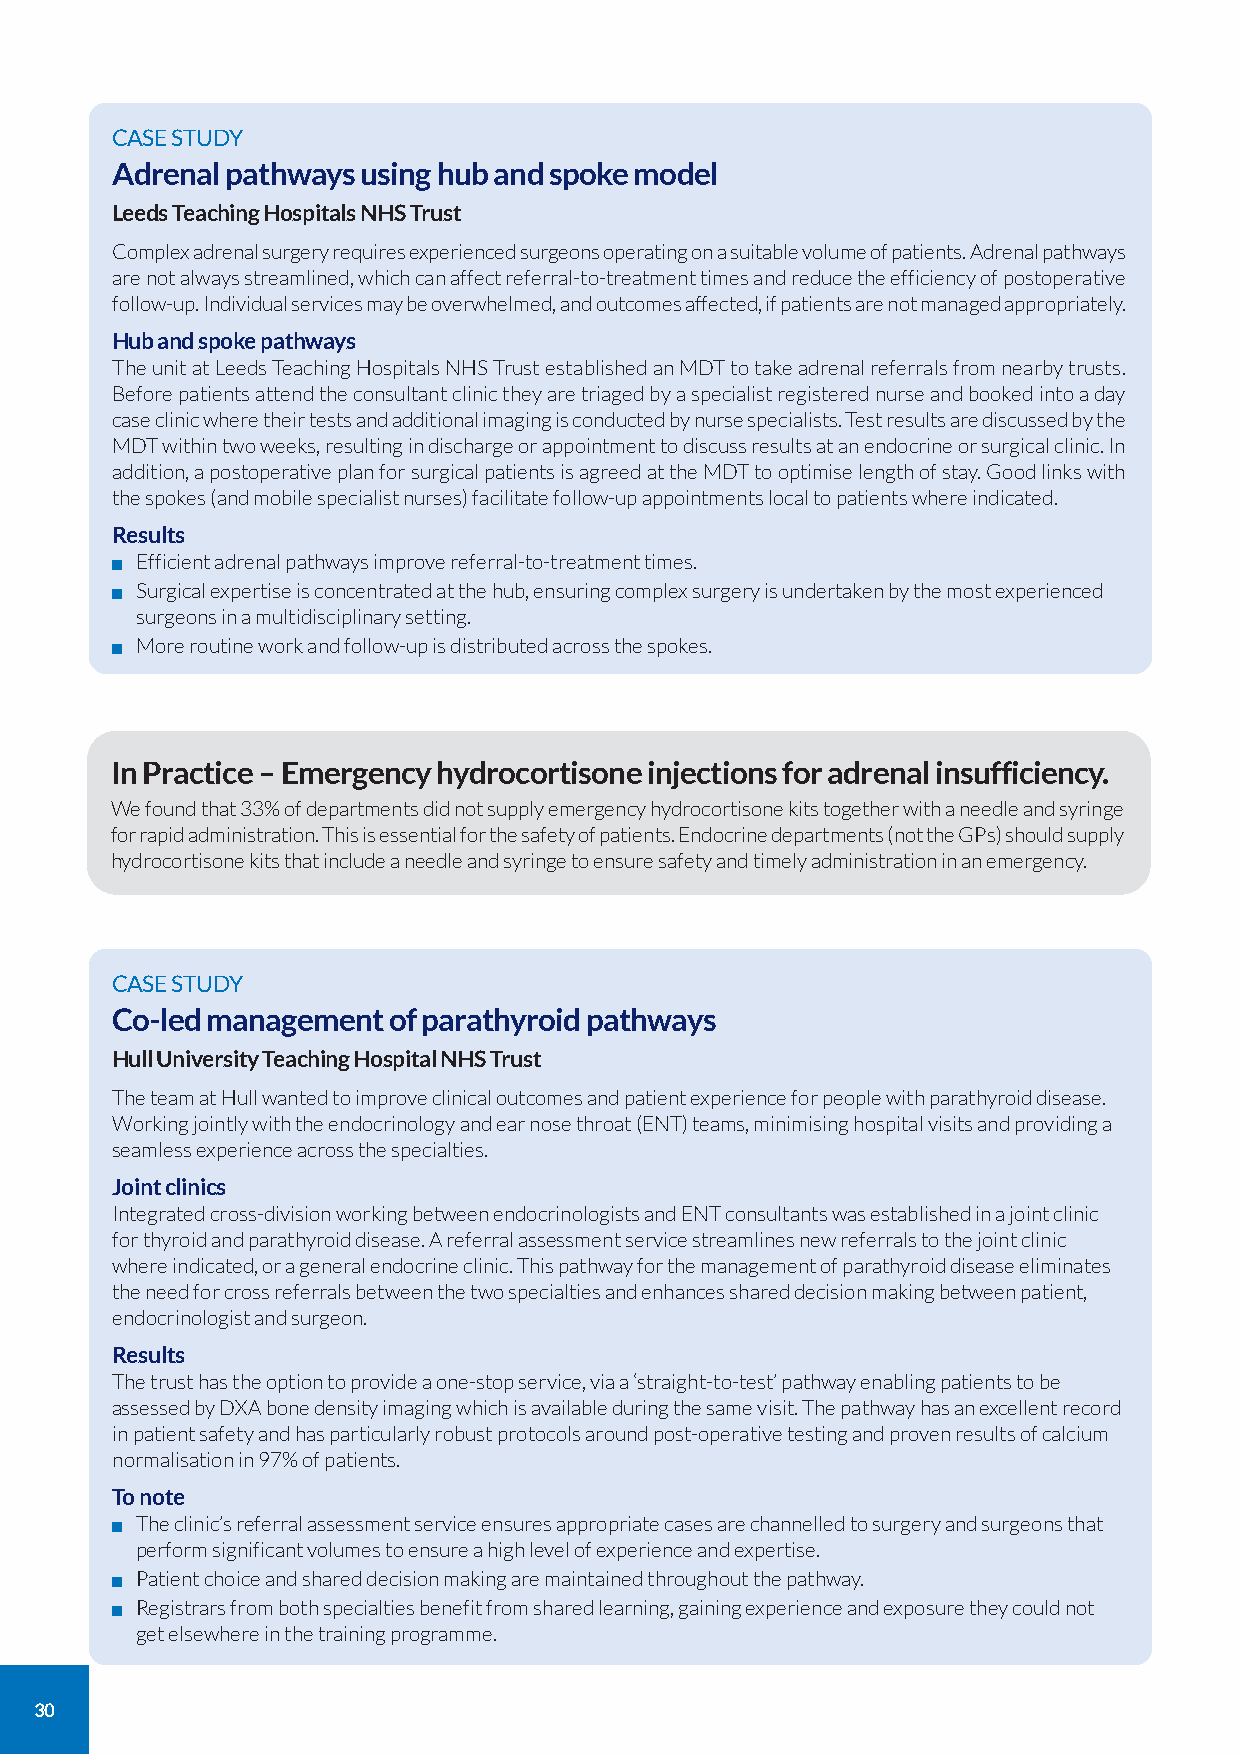
CASE STUDY
 Adrenal pathways using hub and spoke model
 Leeds Teaching Hospitals NHS Trust
 Complex adrenal surgery requires experienced surgeons operating on a suitable volume of patients. Adrenal pathways
 are not always streamlined, which can affect referral-to-treatment times and reduce the efficiency of postoperative
 follow-up. Individual services may be overwhelmed, and outcomes affected, if patients are not managed appropriately.
 Hub and spoke pathways
 The unit at Leeds Teaching Hospitals NHS Trust established an MDT to take adrenal referrals from nearby trusts.
 Before patients attend the consultant clinic they are triaged by a specialist registered nurse and booked into a day
 case clinic where their tests and additional imaging is conducted by nurse specialists. Test results are discussed by the
 MDT within two weeks, resulting in discharge or appointment to discuss results at an endocrine or surgical clinic. In
 addition, a postoperative plan for surgical patients is agreed at the MDT to optimise length of stay. Good links with
 the spokes (and mobile specialist nurses) facilitate follow-up appointments local to patients where indicated.
 Results
 Efficient adrenal pathways improve referral-to-treatment times.
 Surgical expertise is concentrated at the hub, ensuring complex surgery is undertaken by the most experienced
 surgeons in a multidisciplinary setting.
 More routine work and follow-up is distributed across the spokes.
 In Practice – Emergency hydrocortisone injections for adrenal insufficiency.
 We found that 33% of departments did not supply emergency hydrocortisone kits together with a needle and syringe
 for rapid administration. This is essential for the safety of patients. Endocrine departments (not the GPs) should supply
 hydrocortisone kits that include a needle and syringe to ensure safety and timely administration in an emergency.
 CASE STUDY
 Co-led management  of parathyroid pathways
 Hull University Teaching Hospital NHS Trust
 The team at Hull wanted to improve clinical outcomes and patient experience for people with parathyroid disease.
 Working jointly with the endocrinology and ear nose throat (ENT) teams, minimising hospital visits and providing a
 seamless experience across the specialties.
 Joint clinics
 Integrated cross-division working between endocrinologists and ENT consultants was established in a joint clinic
 for thyroid and parathyroid disease. A referral assessment service streamlines new referrals to the joint clinic
 where indicated, or a general endocrine clinic. This pathway for the management of parathyroid disease eliminates
 the need for cross referrals between the two specialties and enhances shared decision making between patient,
 endocrinologist and surgeon.
 Results
 The trust has the option to provide a one-stop service, via a ‘straight-to-test’ pathway enabling patients to be
 assessed by DXA bone density imaging which is available during the same visit. The pathway has an excellent record
 in patient safety and has particularly robust protocols around post-operative testing and proven results of calcium
 normalisation in 97% of patients.
 To note
 The clinic’s referral assessment service ensures appropriate cases are channelled to surgery and surgeons that
 perform significant volumes to ensure a high level of experience and expertise.
 Patient choice and shared decision making are maintained throughout the pathway.
 Registrars from both specialties benefit from shared learning, gaining experience and exposure they could not
 get elsewhere in the training programme.
 30